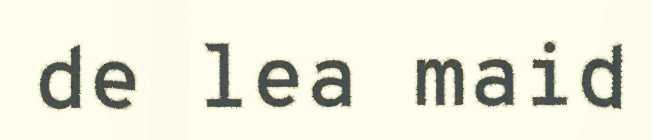
de lea maid